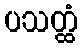
ပသတ္ထံ